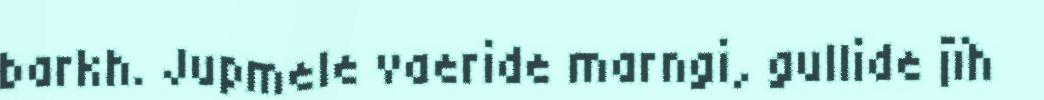
barkh. Jupmele vaeride marngi, gullide jïh